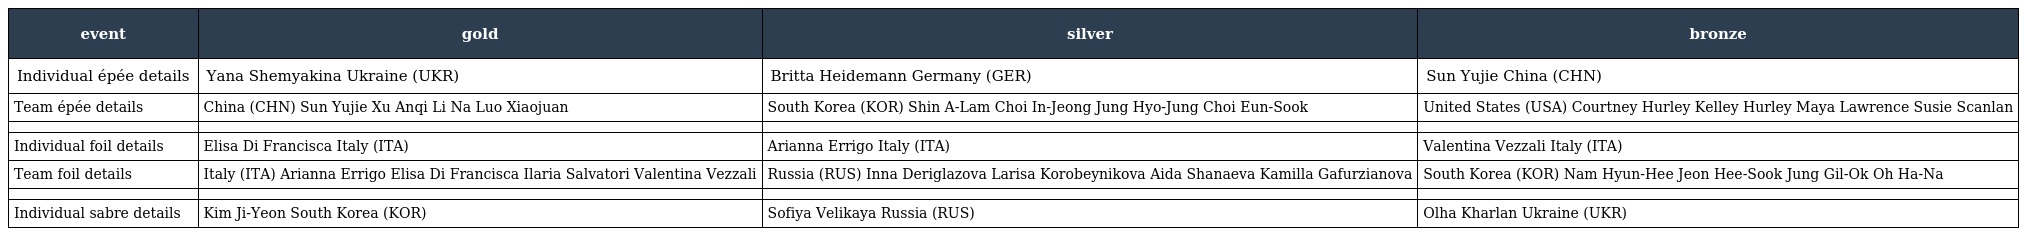
| event | gold | silver | bronze |
 | --- | --- | --- | --- |
 | Individual épée details | Yana Shemyakina Ukraine (UKR) | Britta Heidemann Germany (GER) | Sun Yujie China (CHN) |
 | Team épée details | China (CHN) Sun Yujie Xu Anqi Li Na Luo Xiaojuan | South Korea (KOR) Shin A-Lam Choi In-Jeong Jung Hyo-Jung Choi Eun-Sook | United States (USA) Courtney Hurley Kelley Hurley Maya Lawrence Susie Scanlan |
 |  |  |  |  |
 | Individual foil details | Elisa Di Francisca Italy (ITA) | Arianna Errigo Italy (ITA) | Valentina Vezzali Italy (ITA) |
 | Team foil details | Italy (ITA) Arianna Errigo Elisa Di Francisca Ilaria Salvatori Valentina Vezzali | Russia (RUS) Inna Deriglazova Larisa Korobeynikova Aida Shanaeva Kamilla Gafurzianova | South Korea (KOR) Nam Hyun-Hee Jeon Hee-Sook Jung Gil-Ok Oh Ha-Na |
 |  |  |  |  |
 | Individual sabre details | Kim Ji-Yeon South Korea (KOR) | Sofiya Velikaya Russia (RUS) | Olha Kharlan Ukraine (UKR) |